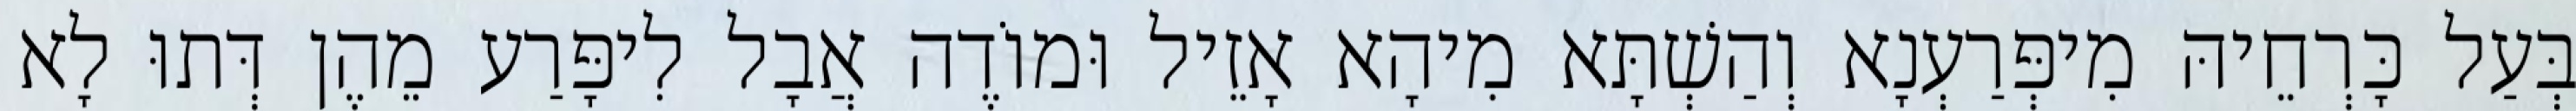
בְּעַל כָּרְחֵיהּ מִיפְּרַעְנָא וְהַשְׁתָּא מִיהָא אָזֵיל וּמוֹדֶה אֲבָל לִיפָּרַע מֵהֶן דְּתוּ לָא